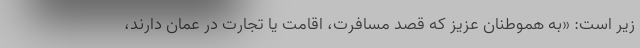
زیر است: «به هموطنان عزیز که قصد مسافرت، اقامت یا تجارت در عمان دارند،